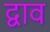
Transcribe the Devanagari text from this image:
द्वाव